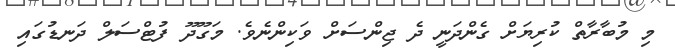
މި މުބާރާތް ކުރިޔަށް ގެންދަނީ ދެ ޖިންސަށް ވަކިންނެވެ. މަގޫދޫ ފުޓްސަލް ދަނޑުގައި